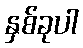
နှစ်ခုပါ